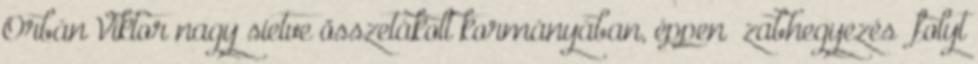
Orbán Viktor nagy sietve összetákolt kormányában, éppen „zab­he­gyezés” folyt